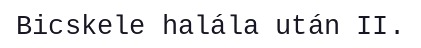
Bicskele halála után II.